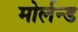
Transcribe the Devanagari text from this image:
मोर्लन्ड